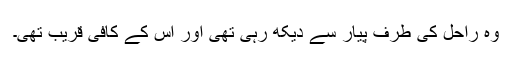
وہ راحل کی طرف پیار سے دیکھ رہی تھی اور اس کے کافی قریب تھی۔